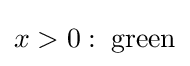
x>0:\;{\text{green}}